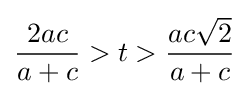
{\frac {2ac}{a+c}}>t>{\frac {ac{\sqrt {2}}}{a+c}}